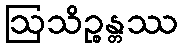
ဩသိဉ္စန္တဿ